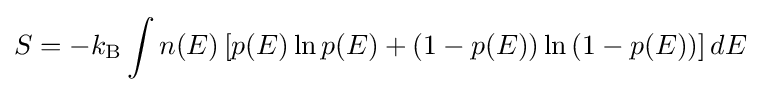
S=-k_{\rm {B}}\int n(E)\left[p(E)\ln p(E)+(1-p(E))\ln \left(1-p(E)\right)\right]dE